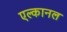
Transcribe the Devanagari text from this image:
एल्कानल